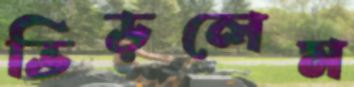
ভিড়লেম